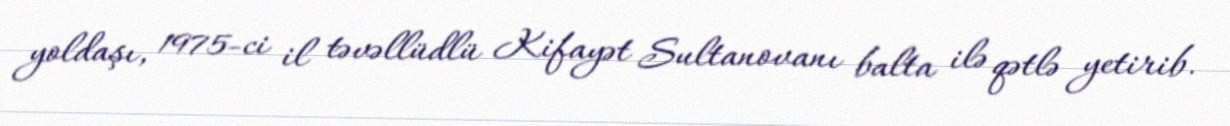
yoldaşı, 1975-ci il təvəllüdlü Kifayət Sultanovanı balta ilə qətlə yetirib.